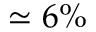
\simeq 6 \%